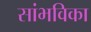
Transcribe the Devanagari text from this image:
सांभविका